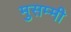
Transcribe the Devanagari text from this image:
मुसम्मी